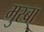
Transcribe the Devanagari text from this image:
मुस्बा